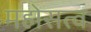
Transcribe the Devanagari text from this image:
महोसत्व